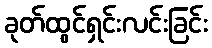
ခုတ်ထွင်ရှင်းလင်းခြင်း